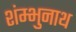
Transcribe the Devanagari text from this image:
शंम्भुनाथ